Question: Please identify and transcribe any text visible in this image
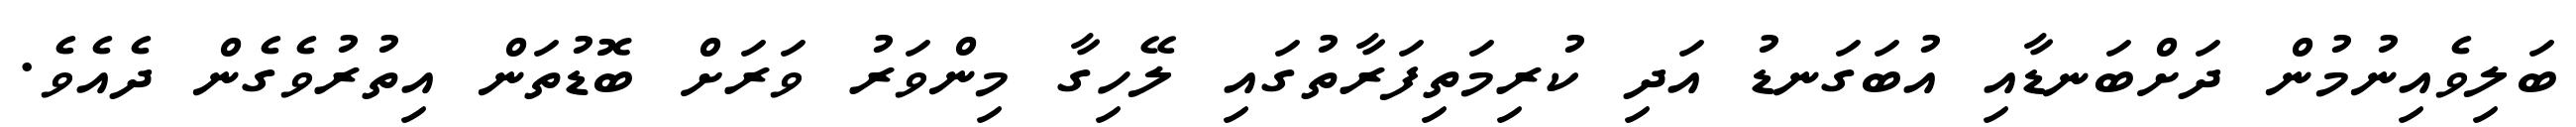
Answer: ބަލިވެއިނުމުން ދަށްބަނޑާއި އުބަގަނޑު އަދި ކުރިމަތިފަރާތުގައި ލޭހިގާ މިންވަރު ވަރަށް ބޮޑުތަން އިތުރުވެގެން ދެއެވެ.